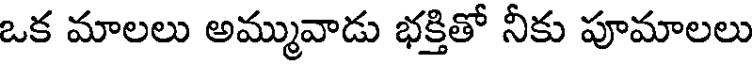
ఒక మాలలు అమ్మువాడు భక్తితో నీకు పూమాలలు